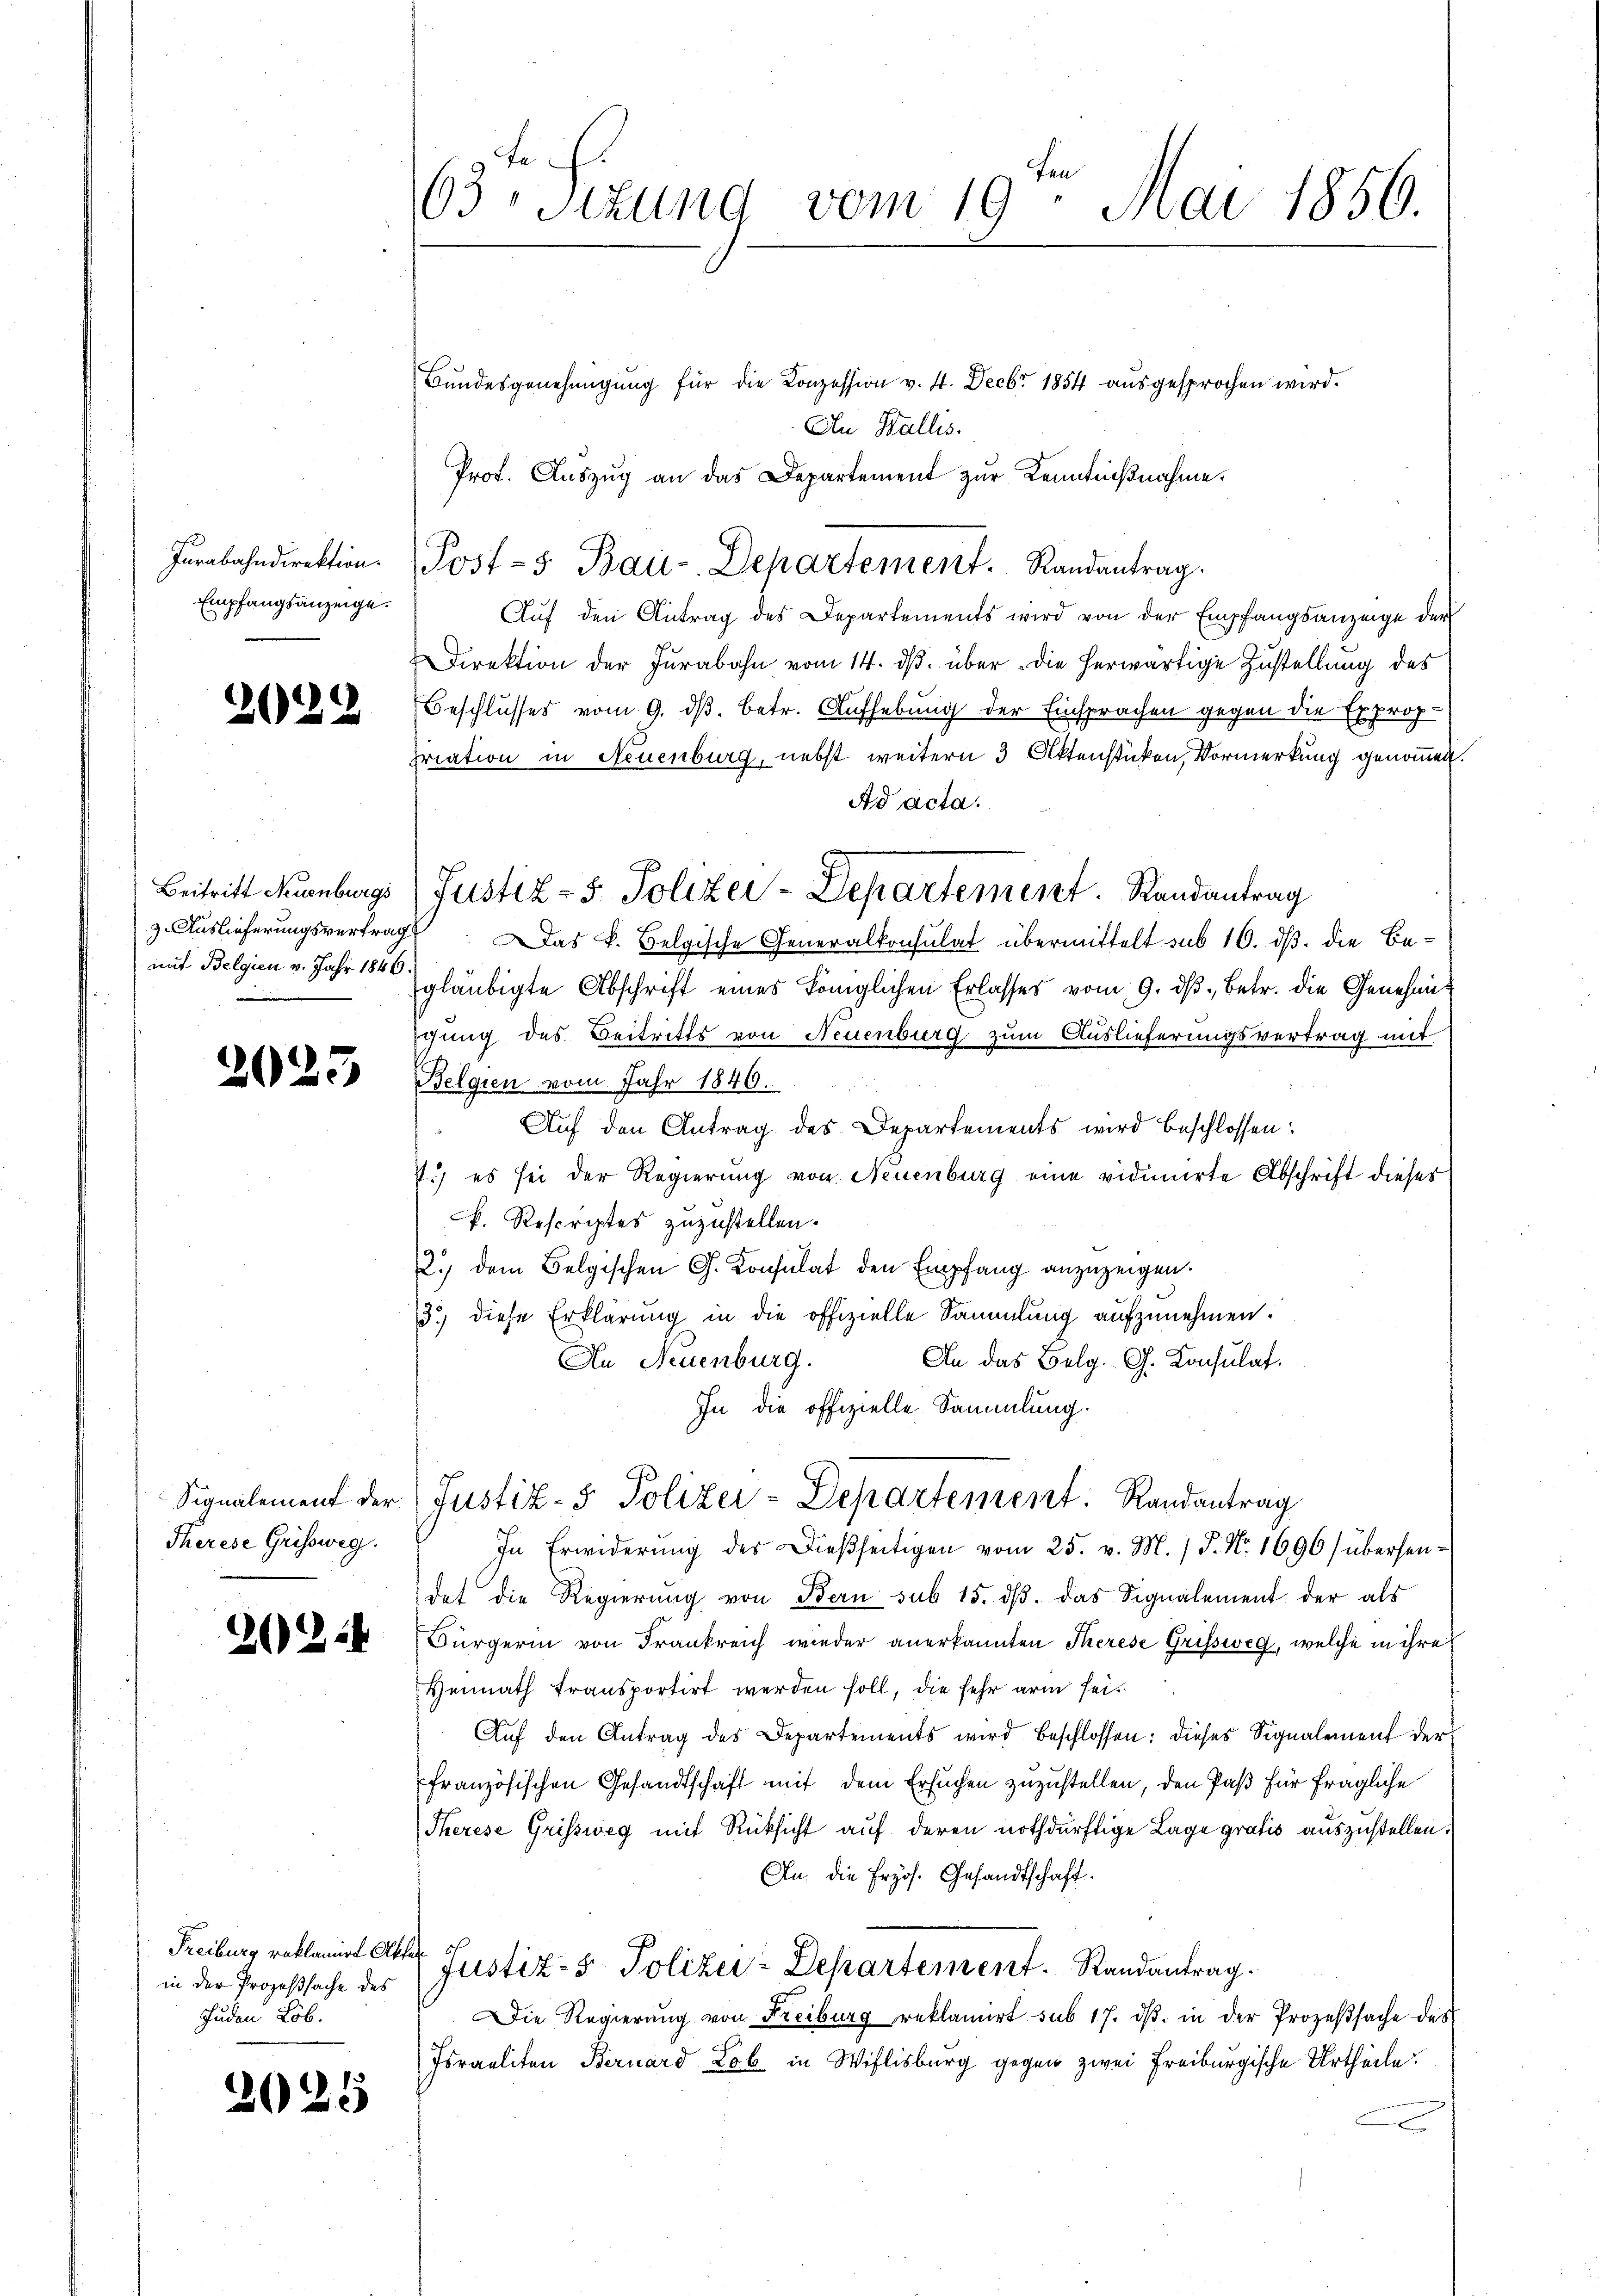
Furabahndirektion.
Empfangsanzeige.

2029

Beitritt Neuenburgs
3. Auslieferungsvertrag
mit Belgien v. Jahr 1846

2025

Signalement der
Therese Grissweg.

2254

Freiburg reklamirt Akte
in der Prozeßsache des
Juden Lob.

2025

63, Sitzung vom 19. Mai 1856.

Bundesgenehmigung für die Conzession v. 4. Decbr 1854 ausgesprochen wird.
An Wallis.
Prot. Auszug an das Departement zur Kenntnißnahme.
Aŭf den Antrag des Departements wird von der Empfangsanzeige der
Direktion der Jurabahn vom 14. dβ über die herwärtige Zustellung des
Beschlusses vom 9. ds. betr. Aufhebung der Einsprachen gegen die Exproppriation in Neuenburg, nebst weitern 3 Aktenstücken, Vormerkung genommen.
Ad acta.
 Das k. Belgische Generalkonsulat übermittelt sub 16. ds. die Begläubigte Abschrift eines königlichen Erlasses vom 9. dβ betr. die Genehmischung des Beitritts von Neuenburg zum Auslieferungsvertrag mit
Belgien vom Jahr 1846.
Auf den Antrag des Departements wird beschlossen:
s.) es sei der Regierung von Neuenburg eine vidimirte Abschrift dieses
k. Rescriptes zuzustellen.
2.) dem Belgischen G. Consulat den Empfang anzuzeigen.
3.) diese Erklärung in die offizielle Sammlung aufzunehmen.
An das Belg. G. Konsulat.
An Neuenburg.
In die offizielle Sammlung.
Justiz- & Polizei-Departement: Randantrag
In Erwiderŭng des Dieβseitigen vom 25. v. M. / P. Nr. 1696) übersendet die Regierŭng von Bern sub 15. dβ das Signalement der als
Bürgerin von Frankreich wieder anerkannten Therese Grissweg, welche in ihre
Hennath transportirt werden soll, die sehr arm sei.
Aŭf den Antrag des Departements wird beschlossen: dieses Signalement der
französischen Gesandtschaft mit dem Ersuchen zuzustellen, den Paß für fragliche
Therese Grissweg mit Rüksicht auf deren nothdürftige Lage gratis auszustellen.
An die fryös. Gesandtschaft.
 Justiz- & Polizei-Departement. Randantrag.
Die Regierung von Freiburg reklamirt sub 17. dβ in der Prozeßsache des
Israeliten Bernard Lob in Wislisburg gegen zwei Freiburgische Urtheile

Post-5 Bau-Departement. Randantrag.

Justiz- & Polizei-Departement. Randantrag